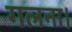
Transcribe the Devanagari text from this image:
गलना।